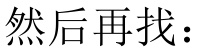
然后再找：